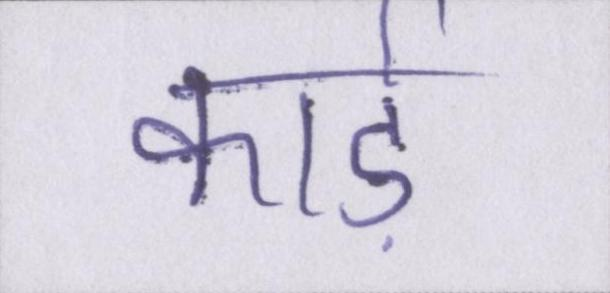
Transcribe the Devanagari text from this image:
कार्ड़